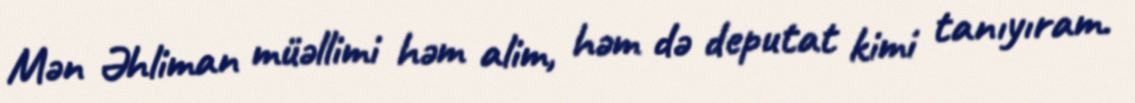
Mən Əhliman müəllimi həm alim, həm də deputat kimi tanıyıram.